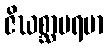
ဇိဃစ္ဆာပရမာ